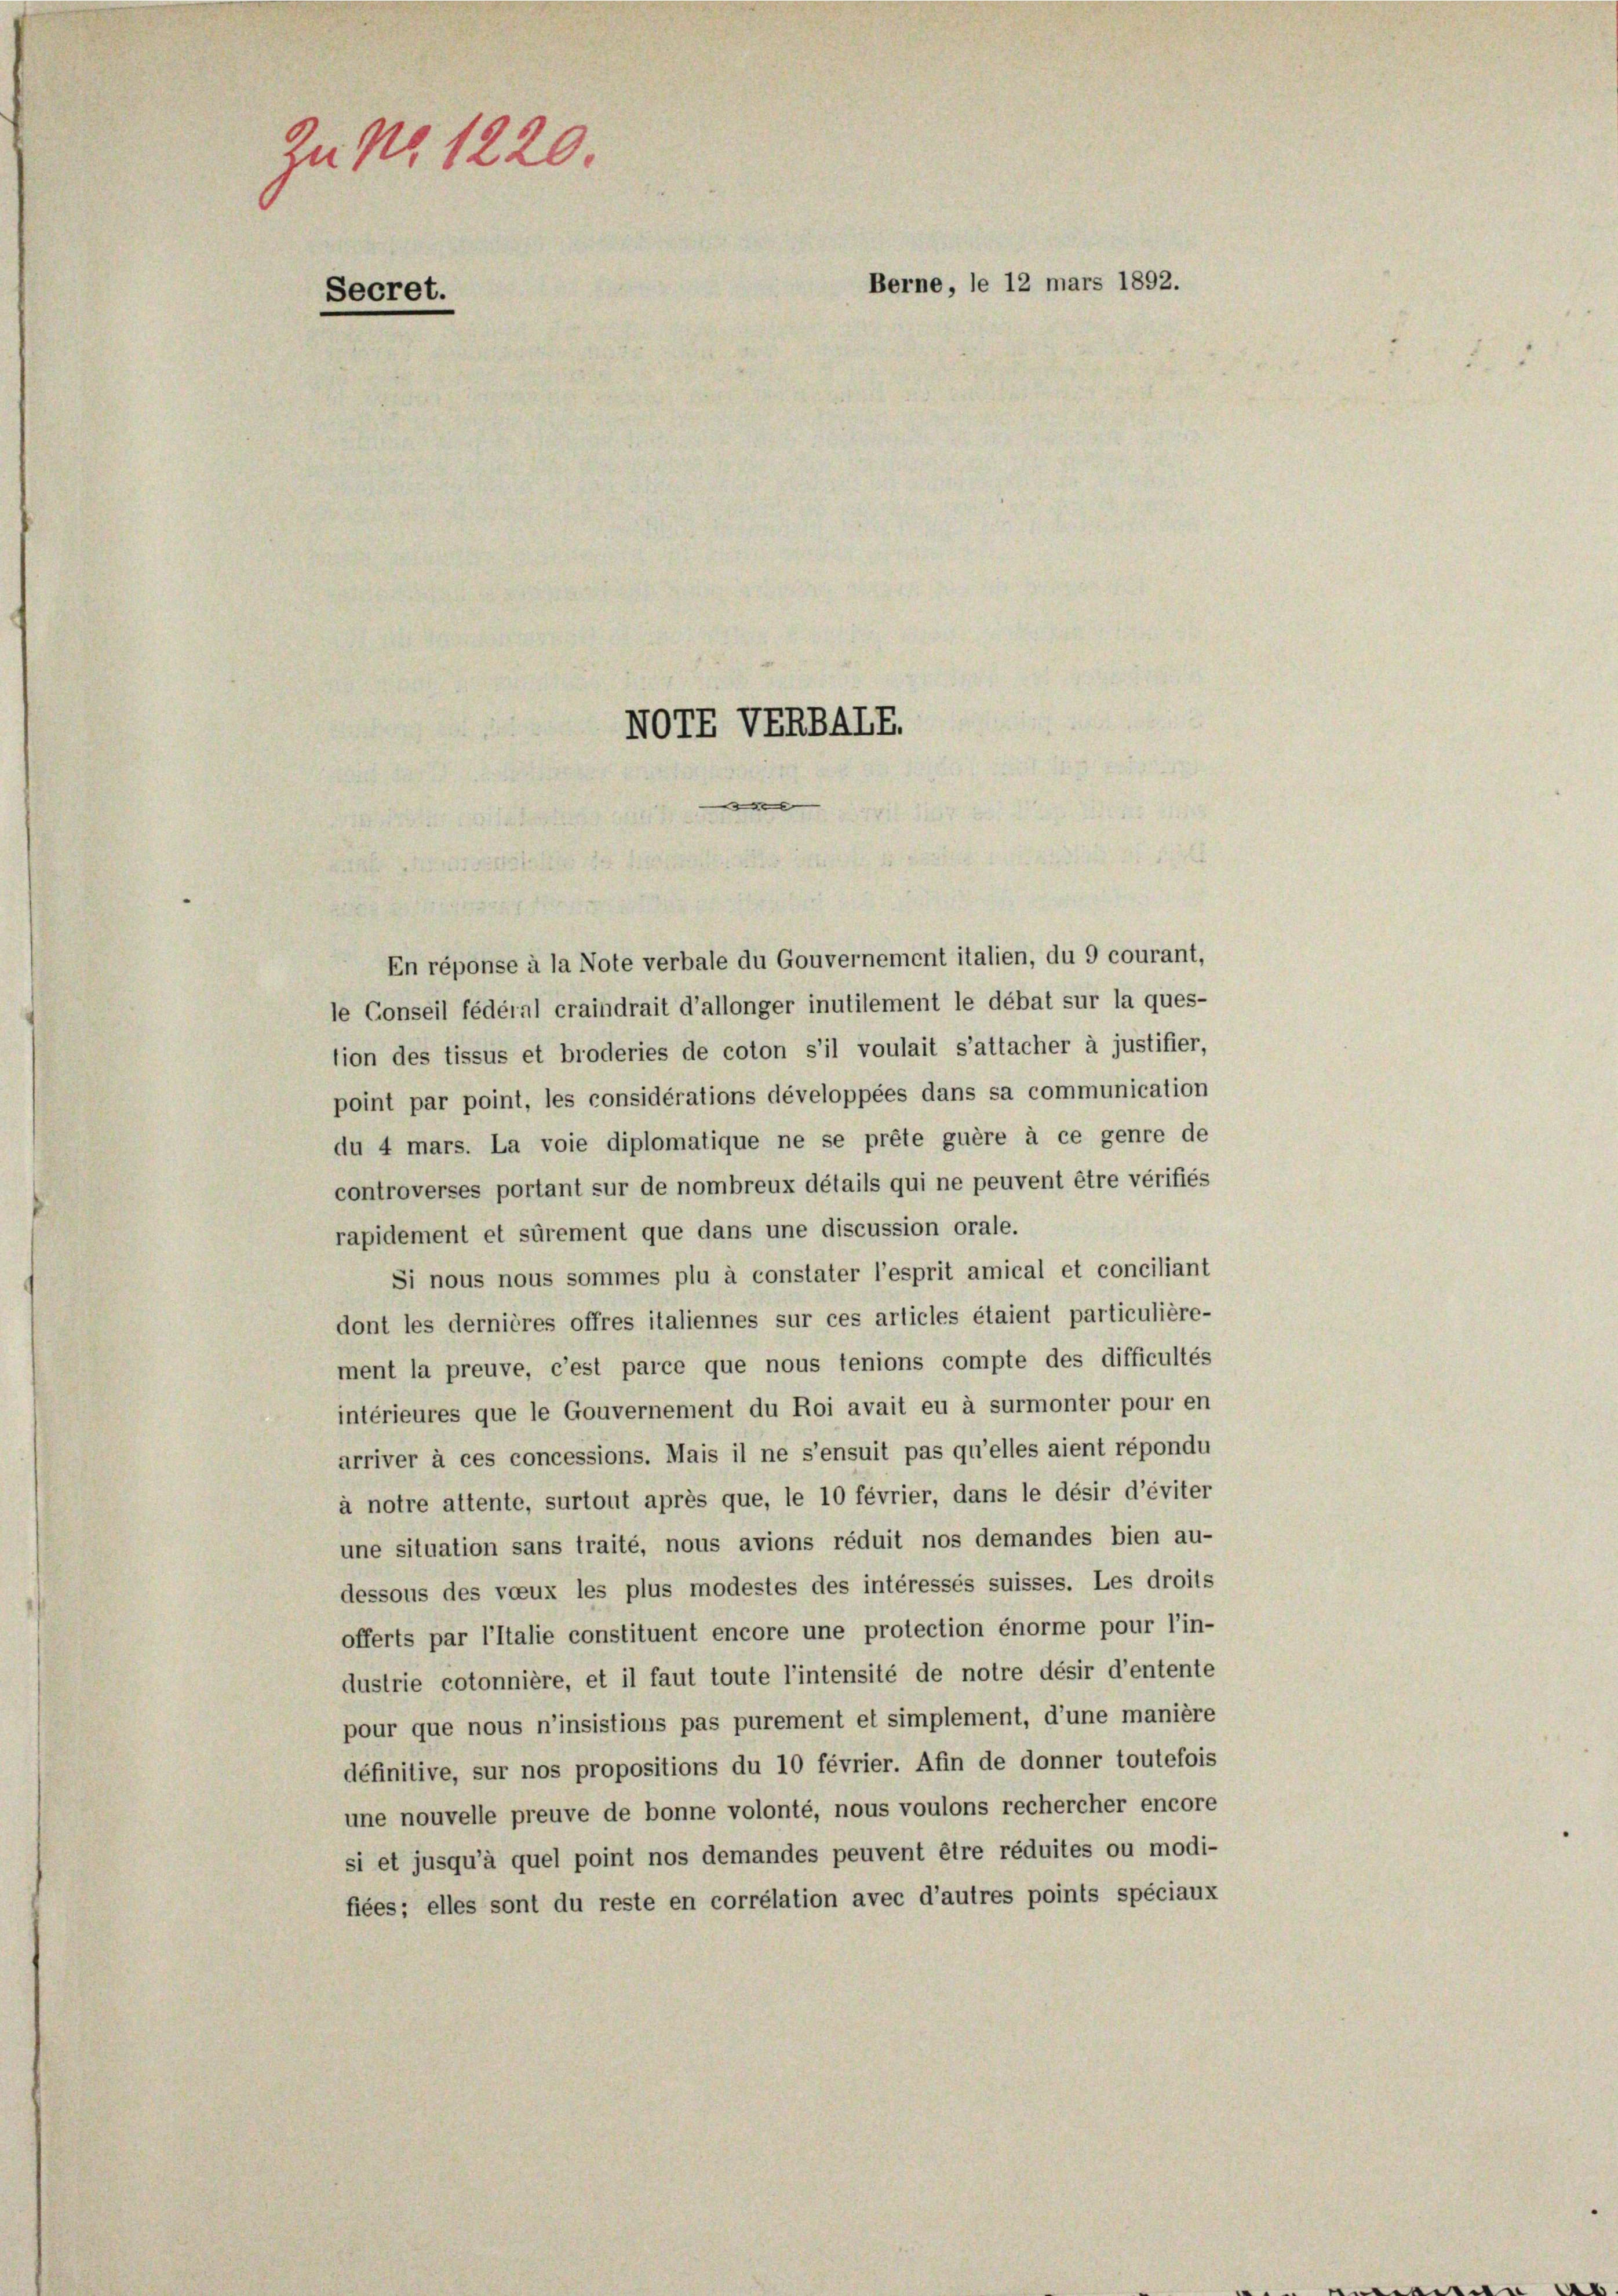
Zu No. 1220.
Secret.

NOTE VERBALE.
e

Berne, le 12 mars 1892.

En réponse à la Note verbale du Gouvernement italien, du 9 courant,
le Conseil fédéral craindrait d’allonger inutilement le débat sur la ques-
tion des tissus et broderies de coton s’il voulait s’attacher à justifier,
point par point, les considérations développées dans sa communication
du 4 mars. La voie diplomatique ne se prête guère à ce genre de
controverses portant sur de nombreux détails qui ne peuvent être vérifiés
rapidement et sürement que dans une discussion orale.
Si nous nous sommes plu à constater l’esprit amical et conciliant
dont les dernières offres italiennes sur ces articles étaient particulière-
ment la preuve, c’est parce que nous tenions compte des difficultés
intérieures que le Gouvernement du Roi avait eu à surmonter pour en
arriver à ces concessions. Mais il ne s’ensuit pas qu’elles aient répondu
à notre attente, surtout après que, le 10 février, dans le désir d’éviter
une situation sans traité, nous avions réduit nos demandes bien au-
dessous des voeux les plus modestes des intéressés suisses. Les droits
offerts par l’Italie constituent encore une protection énorme pour l’in-
dustrie cotonnière, et il faut toute l’intensité de notre désir d’entente
pour que nous n’insistions pas purement et simplement, d’une manière
définitive, sur nos propositions du 10 février. Afin de donner toutefois
une nouvelle preuve de bonne volonté, nous voulons rechercher encore
si et jusqu’à quel point nos demandes peuvent être réduites ou modi-
fiées; elles sont du reste en corrélation avec d’autres points spéciaux